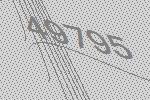
49795